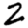
Digit: 2